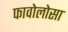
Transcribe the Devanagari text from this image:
फावोलोसा